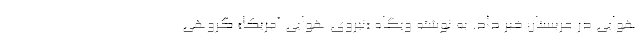
هوایی در عربستان خبر داد. به نوشته وبگاه «نیروی هوایی آمریکا» گروهی